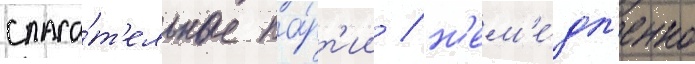
спаса́т'ельные па́рт'ии / н'ем'е́дл'енно